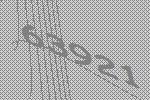
63921